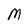
Character: M